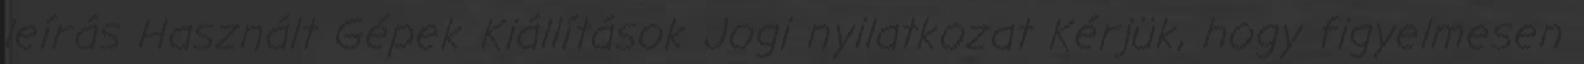
leírás Használt Gépek Kiállítások Jogi nyilatkozat Kérjük, hogy figyelmesen